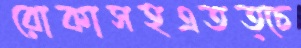
রোকাসহএতত্চে